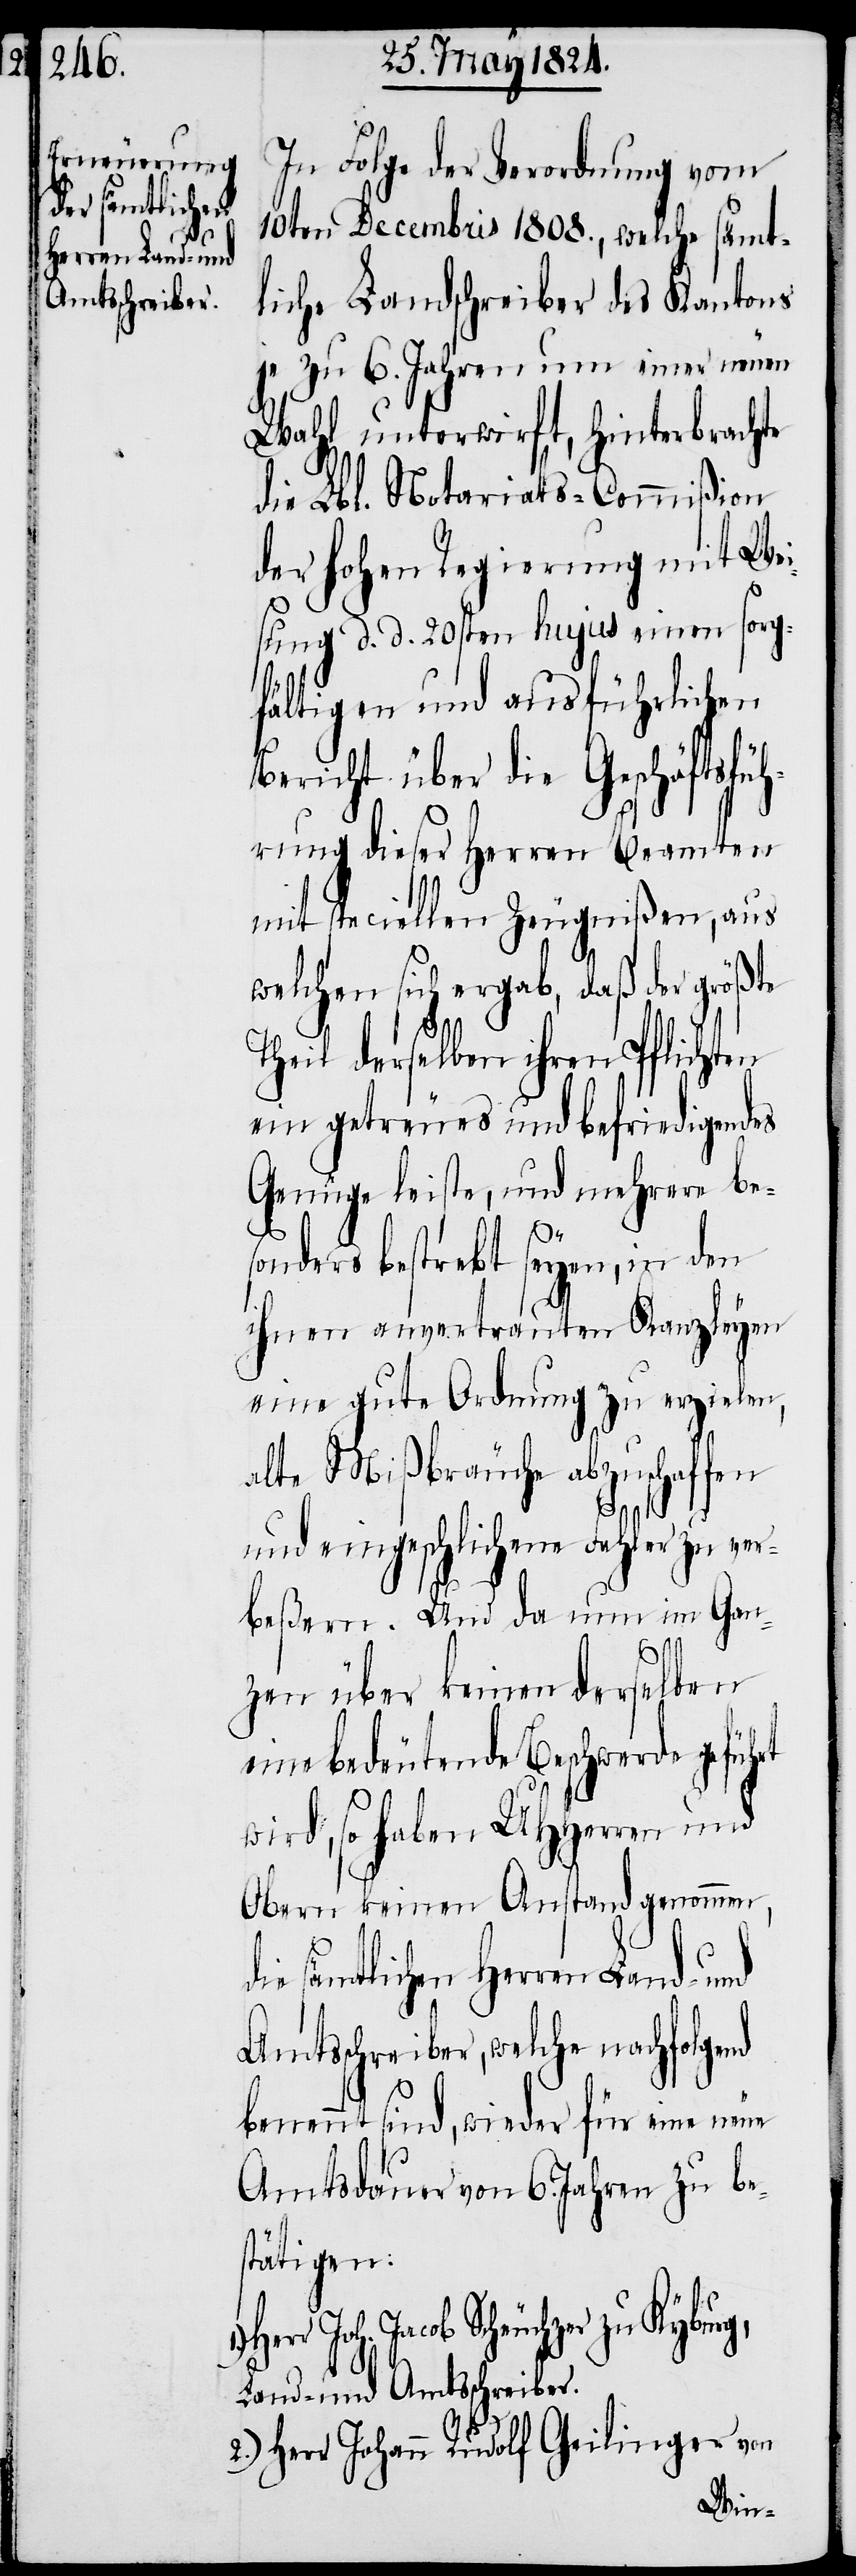
In Folge der Verordnung vom
10ten Decembris 1808., welche sämt¬
liche Landschreiber des Kantons
je zu 6. Jahren um einer neuen
Wahl unterwirft, hinterbrachte
die Lbl. Notariats-Commißion
der hohen Regierung mit Wei¬
sung d. d. 20sten hujus einen sorg¬
fältigen und ausführlichen
Bericht über die Geschäftsfüh¬
rung dieser Herren Beamten
mit speciellen Zeugnißen, aus
welchen sich ergab, daß der größte
Theil derselben ihren Pflichten
ein getreues und befriedigendes
Genüge leiste, und mehrere be¬
sonders bestrebt seyen, in den
ihnen anvertrauten Kanzleyen
eine gute Ordnung zu erzielen,
alte Mißbräuche abzuschaffen
und eingeschlichene Fehler zu ver¬
beßern. Und da nun im Gan¬
nd
zen über keinen derselben
eine bedeutende Beschwerde geführt
wird, so haben UHHerren und
Obern keinen Anstand genommen,
die sämtlichen Herren Land- und
Amtsschreiber, welche nachfolge¬
benennt sind, wieder für eine neue
Amtsdauer von 6. Jahren zu be¬
stätigen:
Joh. Jacob Scheuchzer zu
Land- und Amtsschreiber.
2.) Herr Johann Rudolf Geilinger von